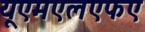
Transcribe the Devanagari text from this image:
यूएमएलएफए